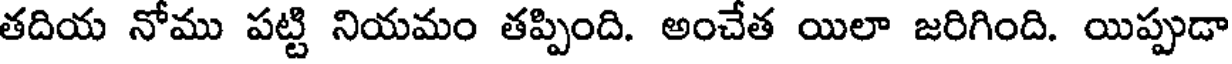
తదియ నోము పట్టి నియమం తప్పింది. అంచేత యిలా జరిగింది. యిప్పుడా